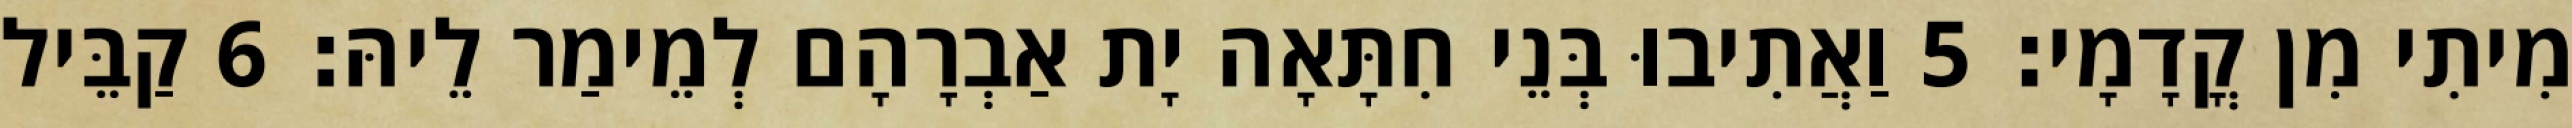
מִיתִי מִן קֳדָמָי׃ 5 וַאֲתִיבוּ בְּנֵי חִתָּאָה יָת אַבְרָהָם לְמֵימַר לֵיהּ׃ 6 קַבֵּיל